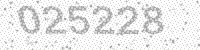
Solution: 025228